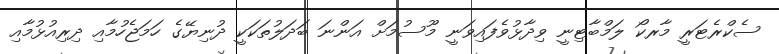
ސެކްރެޓަރީ މާރކޯ ލަމްބާޓިނީ ވިދާޅުވެފައިވަނީ މޫސުމަށް އަންނަ ބަދަލުތަކަކީ ދުނިޔޭގެ ހަމަޖެހުމާއި ދިރިއުޅުމާއި